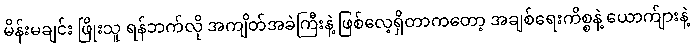
မိန်းမချင်း ဖြိုးသူ ရန်ဘက်လို အကျိတ်အခဲကြီးနဲ့ ဖြစ်လေ့ရှိတာကတော့ အချစ်ရေးကိစ္စနဲ့ ယောက်ျားနဲ့